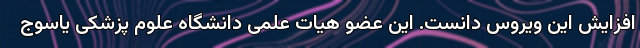
افزایش این ویروس دانست. این عضو هیات علمی دانشگاه علوم پزشکی یاسوج